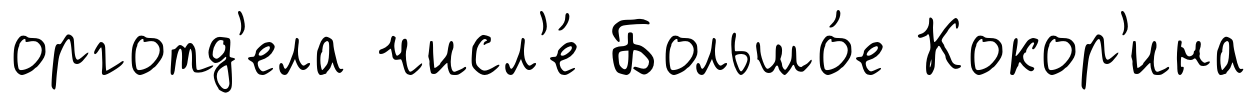
орготд'ела числ'е́ Большо́е Кокор'ина